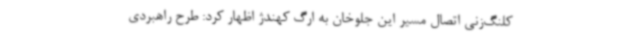
کلنگ‌زنی اتصال مسیر این جلوخان به ارگ کهندژ اظهار کرد: طرح راهبردی